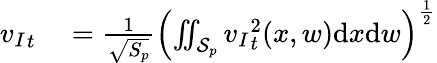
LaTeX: \begin{array}{rl}{{v_{I}}_{t}}&{{}=\frac{1}{\sqrt{S_{p}}}\left(\iint_{\mathcal{S}_{p}}{v_{I}}_{t}^{2}(x,w)\mathrm{d}x\mathrm{d}w\right)^{\frac{1}{2}}}\end{array}